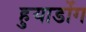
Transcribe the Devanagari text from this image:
हुयाडोंग